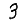
Digit: 3